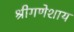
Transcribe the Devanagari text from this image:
श्रीगणेशाय